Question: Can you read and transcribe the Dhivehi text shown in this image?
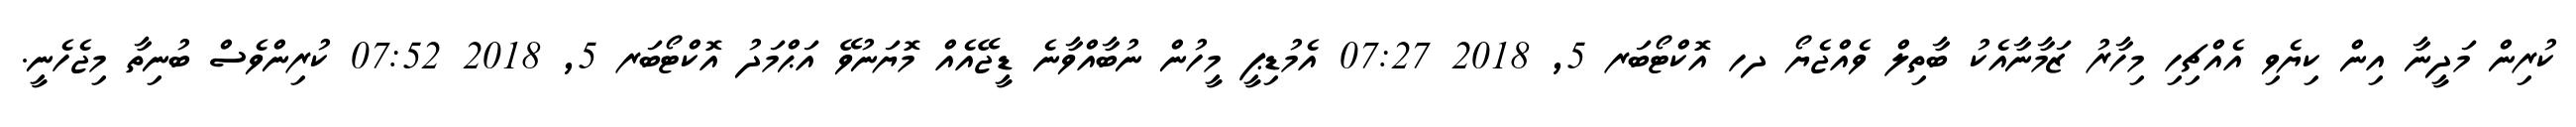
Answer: ކުރިން މަދީނާ އިން ކިޔެވި އެއްޗިހި މިހާރު ޒަމާނާއެކު ބާތިލް ވެއްޖެޔޯ ދހ އޮކްޓޯބަރ 5, 2018 07:27 އެމުޑިޕީ މީހުން ނުބާއްވާނެ ޑީޖޭއެއް މޮޔަނުވޭ އަޙްމަދު އޮކްޓޯބަރ 5, 2018 07:52 ކުރިންވެސް ބުނިތާ މިޖެހެނީ.